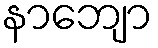
နာဘျော